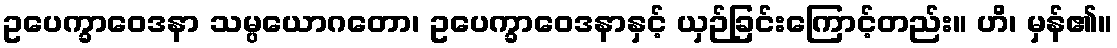
ဥပေက္ခာဝေဒနာ သမ္ပယောဂတော၊ ဥပေက္ခာဝေဒနာနှင့် ယှဉ်ခြင်းကြောင့်တည်း။ ဟိ၊ မှန်၏။